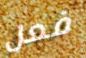
فعل